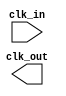
module clk_divider_1600_to_20 (
	input  clk_in,
	output  clk_out);

	//Wire define for this module.

	//Wire define for sub module.

	//Wire sub module connect to this module and inter module connect.

	//Wire this module connect to sub module.

	//module inst.

endmodule